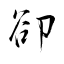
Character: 卻